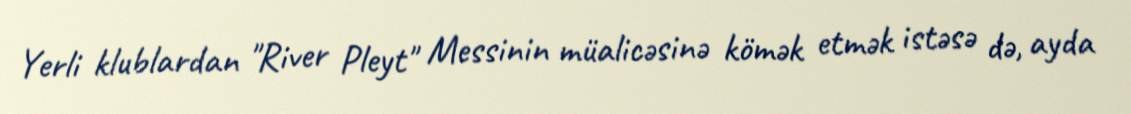
Yerli klublardan "River Pleyt" Messinin müalicəsinə kömək etmək istəsə də, ayda